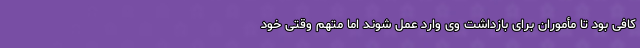
کافی بود تا مأموران برای بازداشت وی وارد عمل شوند اما متهم وقتی خود